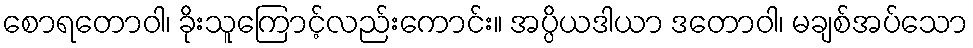
စောရတောဝါ၊ ခိုးသူကြောင့်လည်းကောင်း။ အပ္ပိယဒါယာ ဒတောဝါ၊ မချစ်အပ်သော